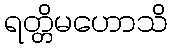
ရတ္တိမဟောသိ